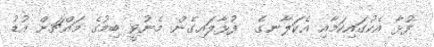
ފުޅާ އެކުގައިކަމާއި އެކަލާނގެ  ފުޅާލައިގެން މެނުވީ ބިމުގެ މައްޗަށް އުޑު